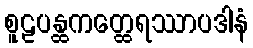
စူဠပန္ထကတ္ထေရဿာပဒါနံ